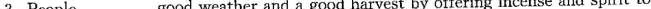
3.People___good weather and a good harvest by offering incense and spirit to